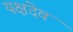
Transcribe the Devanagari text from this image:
यक्षदेव